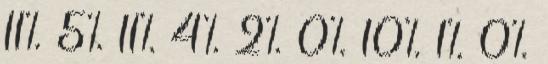
11% 5% 11% 4% 2% 0% 10% 1% 0%